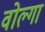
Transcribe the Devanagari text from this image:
वोल्‍गा